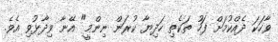
ވާހަކަ ދެއްކުމަށް ފަހު ތަކެތި ހަދިޔާ ކުރަން ނިންމީ" އޭނާ ވިދާޅުވި އެވެ.